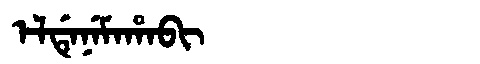
Manchu: ᡝᠯᡩᡝᠨᡝᠮᠠᡥᠠᠪᡳ
Romanization: ELDENEMAHABI